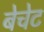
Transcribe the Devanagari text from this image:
बेचेट